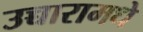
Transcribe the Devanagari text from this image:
उच्चारामधे